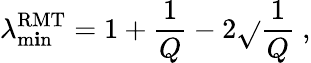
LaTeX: \lambda_{\operatorname*{m\mathbf{i}n}}^{\mathrm{{RMT}}}=1+\frac{{1}}{{Q}}-2\sqrt{}{{\frac{{1}}{{Q}}}}~,